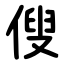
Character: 傁